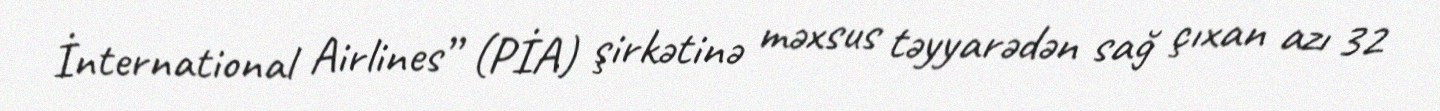
İnternational Airlines” (PİA) şirkətinə məxsus təyyarədən sağ çıxan azı 32